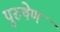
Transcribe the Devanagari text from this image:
पुरुषेण